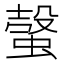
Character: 螜